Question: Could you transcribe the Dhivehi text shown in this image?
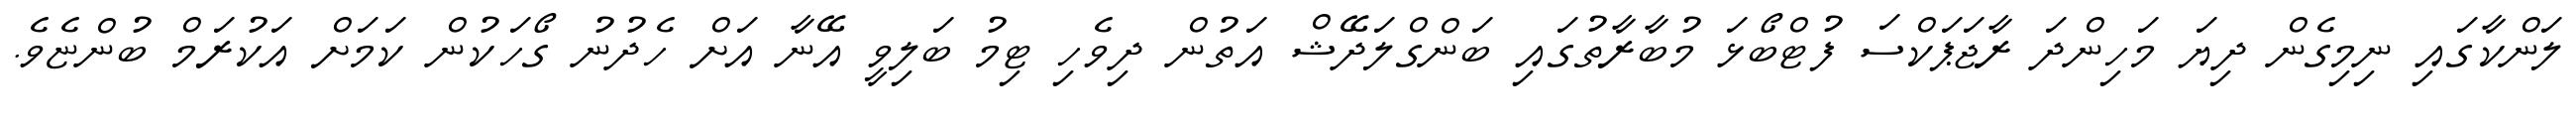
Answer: ލަންކާގައި ނިމިގެން ދިޔަ މަހިންދަ ރާޖަޕަކްސަ ފުޓްބޯޅަ މުބާރާތުގައި ބަންގްލަދޭޝް އަތުން ދިވެހި ޓިމު ބަލިވީ އޭނާ އަށް ހެދުނު ގޯހަކުން ކަމަށް އަކުރަމް ބުންޏެވެ.